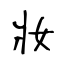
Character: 妝